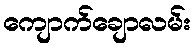
ကျောက်ချောလမ်း